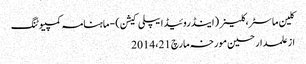
کلین ماسٹر،کلینر (اینڈروئیڈ ایپلی کیشن) - ماہنامہ کمپیوٹنگ
از علمدار حسین	 مورخہ مارچ 21، 2014